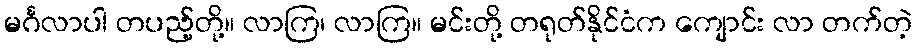
မင်္ဂလာပါ တပည့်တို့။ လာကြ၊ လာကြ။ မင်းတို့ တရုတ်နိုင်ငံက ကျောင်း လာ တက်တဲ့